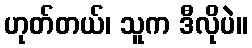
ဟုတ်တယ်၊ သူက ဒီလိုပဲ။